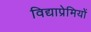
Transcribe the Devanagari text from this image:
विद्याप्रेमियों